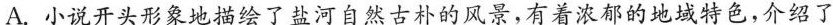
A.小说开头形象地描绘了盐河自然古朴的风景,有着浓郁的地域特色,介绍了